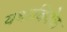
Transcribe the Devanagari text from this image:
यथाविवेक